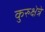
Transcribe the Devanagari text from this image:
कुरुक्षेत्रे